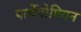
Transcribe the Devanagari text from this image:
पार्थेनोपियन